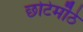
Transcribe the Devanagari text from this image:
छोटेमॊठे